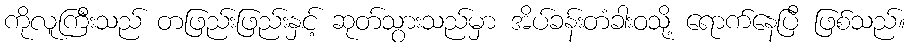
ကိုလူကြီးသည် တဖြည်းဖြည်းနှင့် ဆုတ်သွားသည်မှာ အိပ်ခန်းတံခါးဝသို့ ရောက်နေပြီ ဖြစ်သည်။